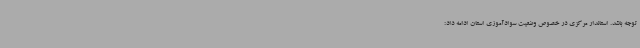
توجه باشد. استاندار مرکزی در خصوص وضعیت سوادآموزی استان ادامه داد: